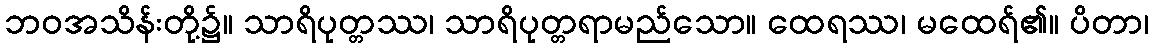
ဘဝအသိန်းတို့၌။ သာရိပုတ္တဿ၊ သာရိပုတ္တရာမည်သော။ ထေရဿ၊ မထေရ်၏။ ပိတာ၊